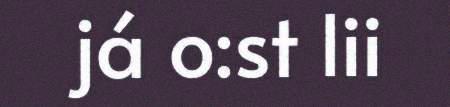
já o:st lii